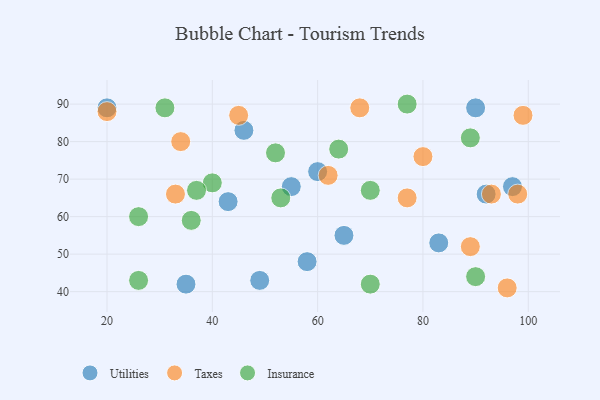
{"axis": {"x": "GDP", "y": "Life Expectancy"}, "legend": ["Insurance", "Taxes", "Utilities"], "data": [{"x": "55", "y": 68, "type": "Utilities"}, {"x": "20", "y": 89, "type": "Utilities"}, {"x": "97", "y": 68, "type": "Utilities"}, {"x": "92", "y": 66, "type": "Utilities"}, {"x": "58", "y": 48, "type": "Utilities"}, {"x": "35", "y": 42, "type": "Utilities"}, {"x": "60", "y": 72, "type": "Utilities"}, {"x": "65", "y": 55, "type": "Utilities"}, {"x": "83", "y": 53, "type": "Utilities"}, {"x": "90", "y": 89, "type": "Utilities"}, {"x": "46", "y": 83, "type": "Utilities"}, {"x": "49", "y": 43, "type": "Utilities"}, {"x": "43", "y": 64, "type": "Utilities"}, {"x": "34", "y": 80, "type": "Taxes"}, {"x": "77", "y": 65, "type": "Taxes"}, {"x": "93", "y": 66, "type": "Taxes"}, {"x": "99", "y": 87, "type": "Taxes"}, {"x": "62", "y": 71, "type": "Taxes"}, {"x": "98", "y": 66, "type": "Taxes"}, {"x": "33", "y": 66, "type": "Taxes"}, {"x": "96", "y": 41, "type": "Taxes"}, {"x": "45", "y": 87, "type": "Taxes"}, {"x": "68", "y": 89, "type": "Taxes"}, {"x": "89", "y": 52, "type": "Taxes"}, {"x": "80", "y": 76, "type": "Taxes"}, {"x": "20", "y": 88, "type": "Taxes"}, {"x": "70", "y": 42, "type": "Insurance"}, {"x": "64", "y": 78, "type": "Insurance"}, {"x": "89", "y": 81, "type": "Insurance"}, {"x": "52", "y": 77, "type": "Insurance"}, {"x": "77", "y": 90, "type": "Insurance"}, {"x": "31", "y": 89, "type": "Insurance"}, {"x": "40", "y": 69, "type": "Insurance"}, {"x": "70", "y": 67, "type": "Insurance"}, {"x": "90", "y": 44, "type": "Insurance"}, {"x": "26", "y": 43, "type": "Insurance"}, {"x": "37", "y": 67, "type": "Insurance"}, {"x": "26", "y": 60, "type": "Insurance"}, {"x": "53", "y": 65, "type": "Insurance"}, {"x": "36", "y": 59, "type": "Insurance"}]}